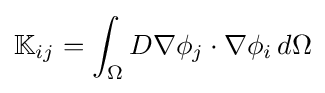
\mathbb {K} _{ij}=\int _{\Omega }D\nabla \phi _{j}\cdot \nabla \phi _{i}\,d\Omega